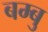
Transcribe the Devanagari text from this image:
बम्बु